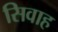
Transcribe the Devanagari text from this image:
सिवाह